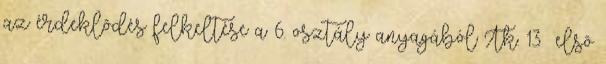
az érdeklõdés felkeltése a 6. osztály anyagából Tk. 13 elsõ